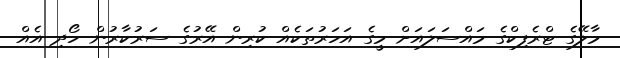
މާލޭގެ ޓްރެފިކްގެ މައްސަލައަށް މީގެ އަހަރުތަކެއް ކުރިން އޭރުގެ ސަރުކާރުން ހޯދި އެއް